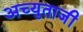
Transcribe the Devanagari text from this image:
अच्युताजी